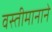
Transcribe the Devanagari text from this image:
वस्तीमानाने